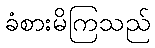
ခံစားမိကြသည်